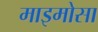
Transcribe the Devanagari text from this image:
माइमोसा